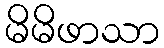
မိမိဖာသာ